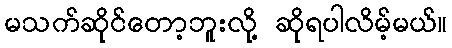
မသက်ဆိုင်တော့ဘူးလို့ ဆိုရပါလိမ့်မယ်။